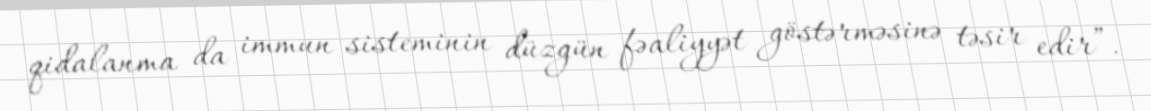
qidalanma da immun sisteminin düzgün fəaliyyət göstərməsinə təsir edir”.